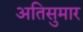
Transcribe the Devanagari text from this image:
अतिसुमार